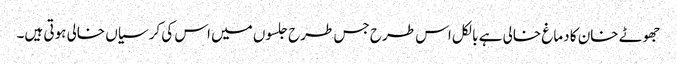
جھوٹے خان کا دماغ خالی ہے بالکل اس طرح جس طرح جلسوں میں اس کی کرسیاں خالی ہوتی ہیں۔